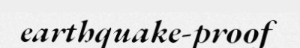
earthquake-proof